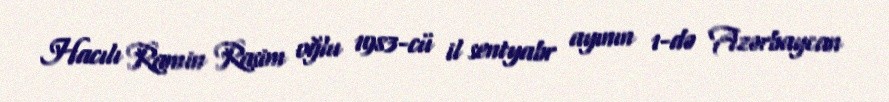
Hacılı Ramin Rasim oğlu 1983-cü il sentyabr ayının 1-də Azərbaycan